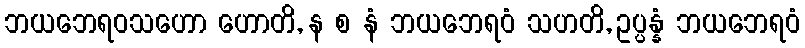
ဘယဘေရဝသဟော ဟောတိ, န စ နံ ဘယဘေရဝံ သဟတိ, ဥပ္ပန္နံ ဘယဘေရဝံ